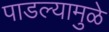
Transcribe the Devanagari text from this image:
पाडल्यामुळे